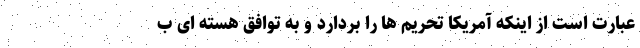
عبارت است از اینکه آمریکا تحریم ها را بردارد و به توافق هسته ای ب